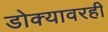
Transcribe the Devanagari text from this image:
डोक्यावरही